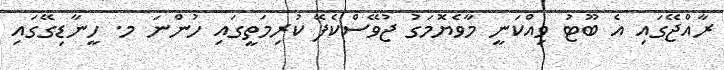
ރާއްޖޭގައި އެ ބޫޓު ވިއްކަނީ މާވެޔޮމަގު ޖުވޭސްކެފޭ ކުރިމަތީގައި ހުންނަ މ. ހީނާޑިގޭގައި